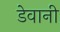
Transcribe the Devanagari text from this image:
डेवानी